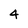
Character: 4